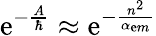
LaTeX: \mathrm{e}^{-\frac{{A}}{{\hbar}}}\approx\mathrm{e}^{-\frac{{n^{2}}}{{\alpha_{\mathrm{e}m}}}}